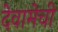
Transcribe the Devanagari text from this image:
देवामेची